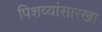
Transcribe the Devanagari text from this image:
पिशव्यांसारखा